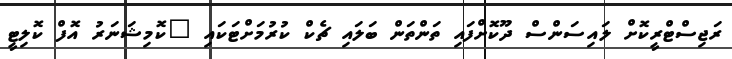
ރަޖިސްޓްރީކޮށް ލައިސަންސް ދޫކޮށްފައި ތަންތަން ބަލައި ޗެކް ކުރުމަށްޓަކައި "ކޮމިޝަނަރު އޮފް ކޮލިޓީ